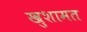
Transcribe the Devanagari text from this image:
खुशामत